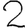
Digit: 2